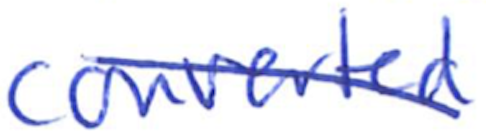
Text: converted
Cross-out: diagonal
Writing tool: ballpoint